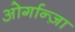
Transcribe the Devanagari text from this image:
ओर्गान्ज़ा